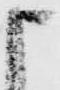
申